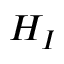
H _ { I }